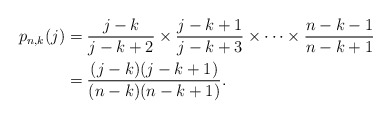
\begin{align*}p_{n,k}(j)&=\frac{j-k}{j-k+2}\times\frac{j-k+1}{j-k+3}\times\dotsm \times\frac{n-k-1}{n-k+1}\\ &=\frac{(j-k)(j-k+1)}{(n-k)(n-k+1)}.\end{align*}